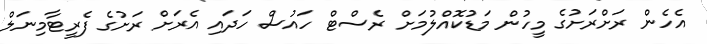
އެހެން ރަށްރަށުގެ މީހުން މަޑުކޮއްލުމަށް ރެސްޓް ހައުސް ހަދައި އެރަށް ރަށުގެ ފެރީޓާމިނަލް